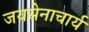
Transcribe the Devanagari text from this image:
जयसेनाचार्य